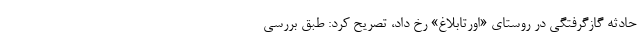
حادثه گازگرفتگی در روستای «اورتابلاغ» رخ داد، تصریح کرد: طبق بررسی